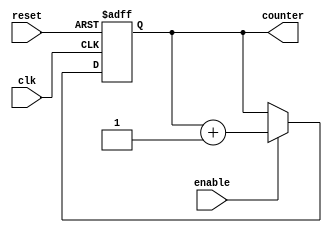
module RingCounter_with_Enable(
    input wire clk,
    input wire reset,
    input wire enable,
    output reg [N-1:0] counter
);

parameter N = 4; // Number of flip-flops in the ring counter

always @(posedge clk or posedge reset) begin
    if (reset) begin
        counter <= 'b0;
    end else if (enable) begin
        counter <= counter + 1;
    end
end

endmodule